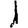
Digit: 1